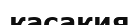
касакия